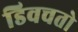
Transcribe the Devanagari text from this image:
डिवचतो